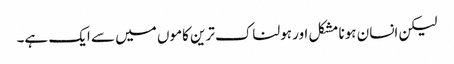
لیکن انسان ہونا مشکل اور ہولناک ترین کاموں میں سے ایک ہے۔